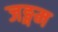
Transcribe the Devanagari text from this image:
जङ्गम